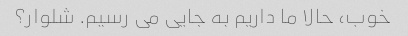
خوب، حالا ما داریم به جایی می رسیم. شلوار؟